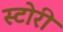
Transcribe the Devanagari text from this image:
स्‍टोरी